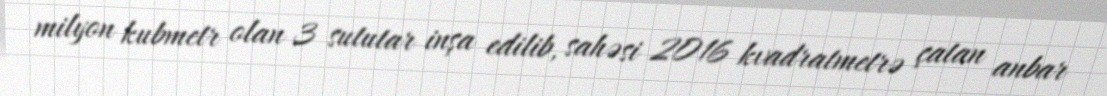
milyon kubmetr olan 3 sututar inşa edilib, sahəsi 2016 kvadratmetrə çatan anbar